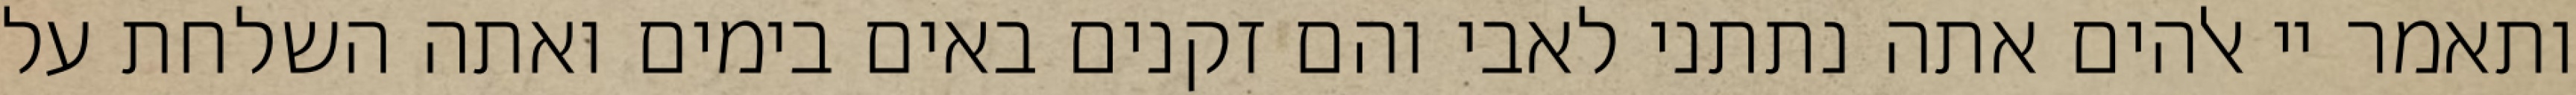
ותאמר יי אלהים אתה נתתני לאבי והם זקנים באים בימים ואתה השלחת על